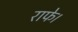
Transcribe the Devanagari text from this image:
राफे।